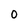
Character: 0